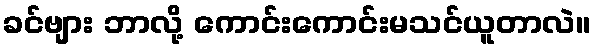
ခင်ဗျား ဘာလို့ ကောင်းကောင်းမသင်ယူတာလဲ။